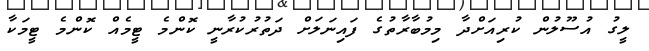
ލީގު އުސޫލުން ކުރިއަށްދާ މިމުބާރާތުގެ ފައިނަލަށް ދަތުރުކުރާނީ ކޮންމެ ޓީމެއް ކޮންމެ ޓީމަކާ